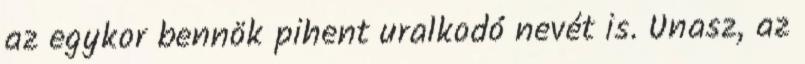
az egykor bennök pihent uralkodó nevét is. Unasz, az